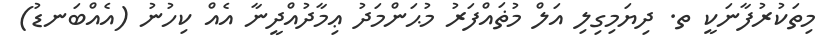
މިތަކުރުފާނަކީ ތ. ދިޔަމިގިލި އަލް މުޡައްފަރު މުޙަންމަދު ޢިމާދުއްދީނާ އެއް ކިހުނު (އެއްބަނޑު)